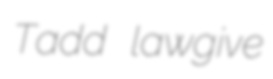
Tadd lawgive